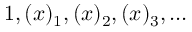
1 , ( x ) _ { 1 } , ( x ) _ { 2 } , ( x ) _ { 3 } , \dots